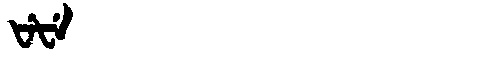
Manchu: ᡶᡝᡶᡝ
Romanization: FEFE